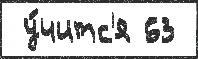
 у́читс'я 63